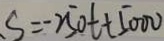
S = - 2 5 0 t + 5 0 0 0